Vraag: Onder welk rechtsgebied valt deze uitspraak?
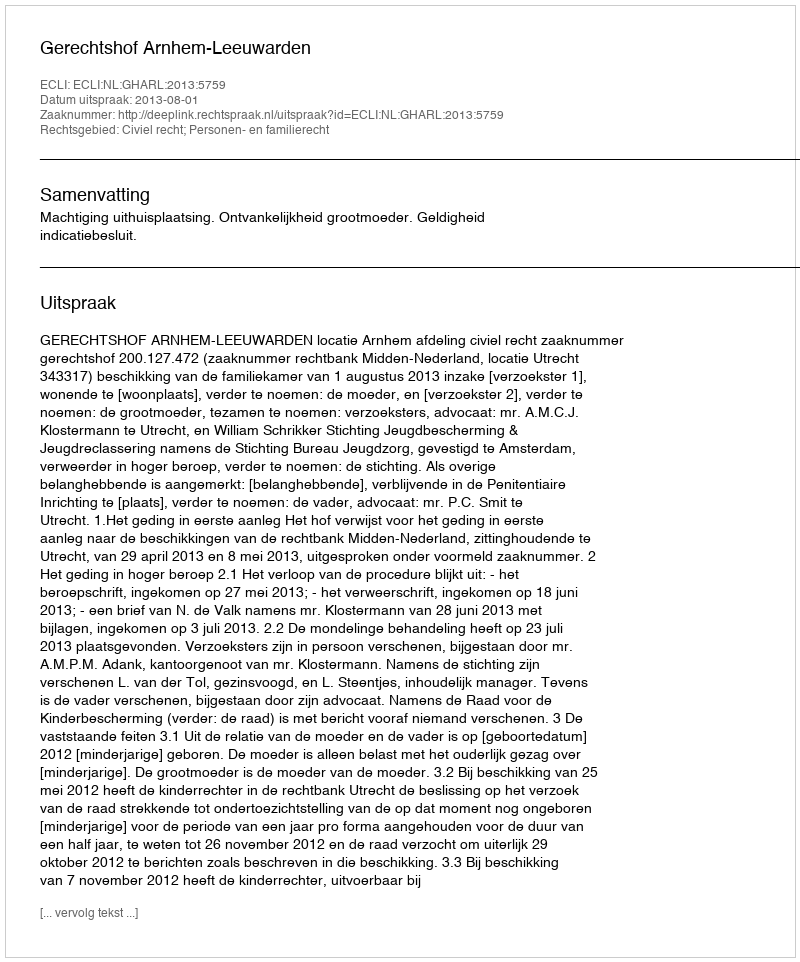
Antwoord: Civiel recht; Personen- en familierecht